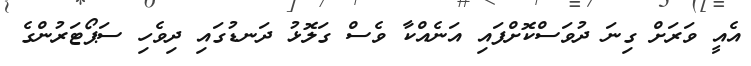
އެއީ ވަރަށް ގިނަ ދުވަސްކޮށްފައި އަނެއްކާ ވެސް ގަލޮޅު ދަނޑުގައި ދިވެހި ސަޕޯޓަރުންގެ